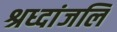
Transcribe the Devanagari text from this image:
श्रध्दांजलि